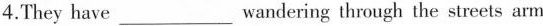
4.They have ___ wandering through the streets arm